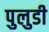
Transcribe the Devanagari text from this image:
पुलुडी